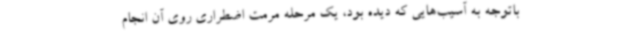
باتوجه به آسیب‌هایی که دیده بود، یک مرحله مرمت اضطراری روی آن انجام